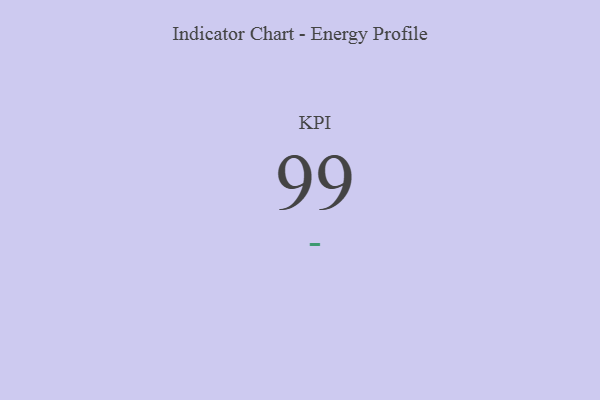
{"axis": {"x": "KPI", "y": "Value"}, "legend": [""], "data": [{"x": "KPI", "y": 99, "type": ""}]}